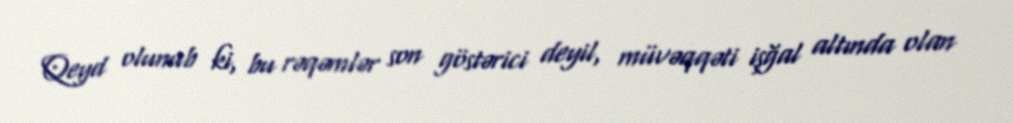
Qeyd olunub ki, bu rəqəmlər son göstərici deyil, müvəqqəti işğal altında olan